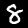
Digit: 8